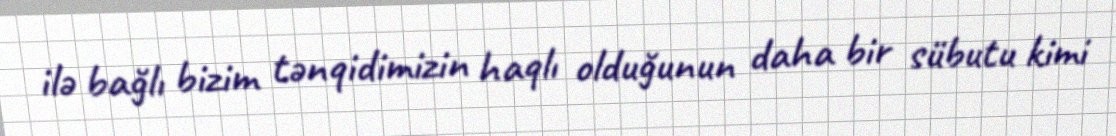
ilə bağlı bizim tənqidimizin haqlı olduğunun daha bir sübutu kimi